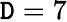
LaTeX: \mathtt{D}=7